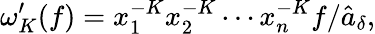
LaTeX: \omega_{K}^{\prime}(f)=x_{1}^{-K}x_{2}^{-K}\cdots x_{n}^{-K}f/\hat{a}_{\delta},